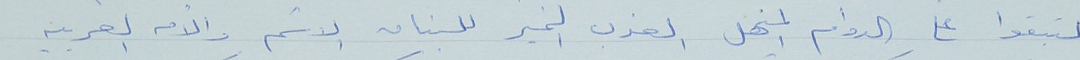
لتبقوا على الدوام المنهل العذب الخير للبنان الاشم والأمه العربيه